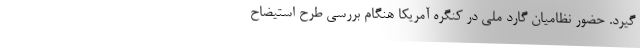
گیرد. حضور نظامیان گارد ملی در کنگره آمریکا هنگام بررسی طرح استیضاح